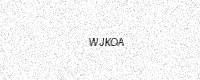
Text: WJKOA